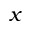
x